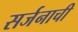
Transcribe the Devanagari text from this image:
सर्जनाची